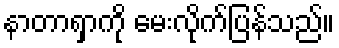
နာတာရှာကို မေးလိုက်ပြန်သည်။